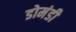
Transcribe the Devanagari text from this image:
डोमंडी